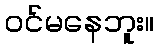
ဝင်မနေဘူး။